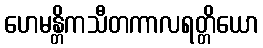
ဟေမန္တိကသီတကာလရတ္တိယော